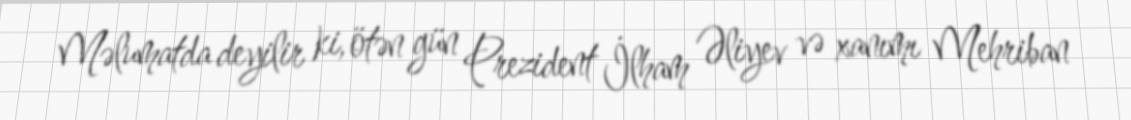
Məlumatda deyilir ki, ötən gün Prezident İlham Əliyev və xanımı Mehriban